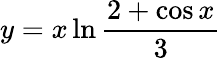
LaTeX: y=x\ln{\frac{2+\cos x}{3}}